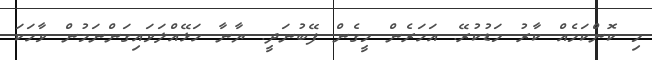
މި ކޮންކަމެއް ކާރު މަޑުކުރޭ. އަހަރެން މީގެން ފޭބުނަދީ. ޔާނާ ހަޅޭއްލަވައިގަންނަމުން ވާހަކަ